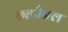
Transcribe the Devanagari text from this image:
छहपैनल